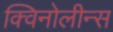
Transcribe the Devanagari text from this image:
क्विनोलीन्स